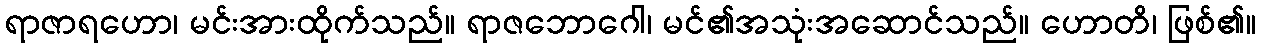
ရာဇာရဟော၊ မင်းအားထိုက်သည်။ ရာဇဘောဂေါ၊ မင်၏အသုံးအဆောင်သည်။ ဟောတိ၊ ဖြစ်၏။